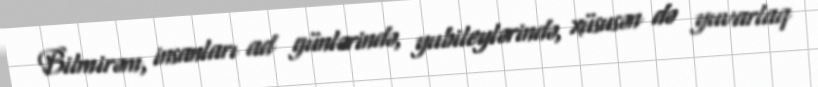
Bilmirəm, insanları ad günlərində, yubileylərində, xüsusən də yuvarlaq